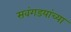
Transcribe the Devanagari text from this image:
सवंगडयांच्या